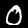
Digit: 0